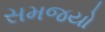
સમજયો